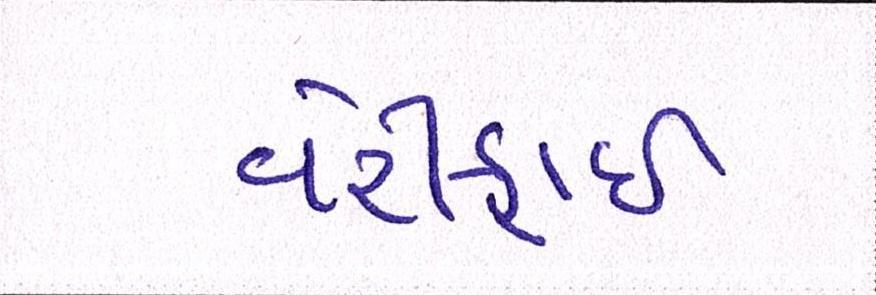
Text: વેરીફાઈ